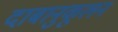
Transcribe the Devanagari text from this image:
दाबानुकूलन